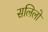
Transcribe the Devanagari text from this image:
सलिलो